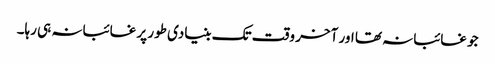
جو غائبانہ تھا اور آخر وقت تک بنیادی طور پر غائبانہ ہی رہا۔